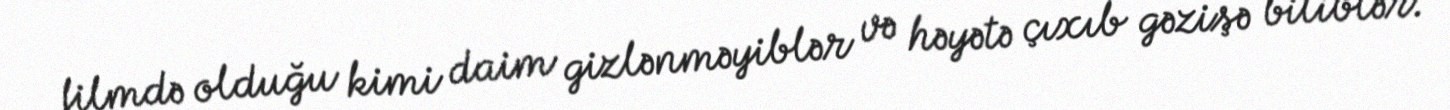
filmdə olduğu kimi daim gizlənməyiblər və həyətə çıxıb gəzişə biliblər.